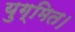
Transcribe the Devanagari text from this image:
युग्मित।